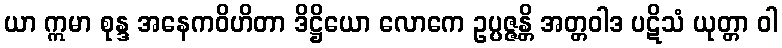
ယာ ဣမာ စုန္ဒ အနေကဝိဟိတာ ဒိဋ္ဌိယော လောကေ ဥပ္ပဇ္ဇန္တိ အတ္တဝါဒ ပဋိသံ ယုတ္တာ ဝါ